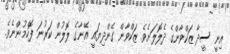
އިނީ ސީދާ ޒަކްވާންގެ ދެލޮލަށެވެ. ޒަކްވާން ގެންދިޔައީ އޭނާގެ ލޮލުން ކަރުނަ ފޮހެމުންނެވެ.